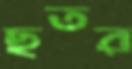
ছতর